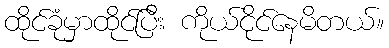
ထိုင်ခုံမှာထိုင်ပြီး ကိုယ်ငိုင်နေမိတယ်။